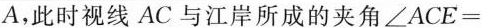
A,此时视线AC与江岸所成的夹角\angle ACE=